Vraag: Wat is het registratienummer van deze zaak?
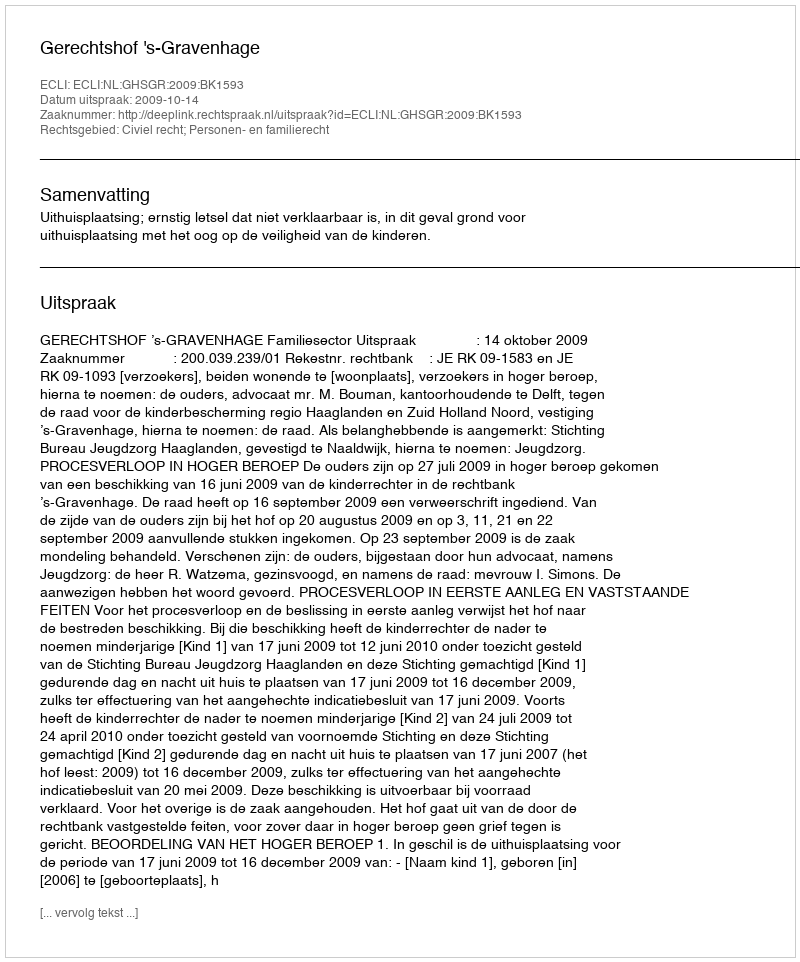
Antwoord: http://deeplink.rechtspraak.nl/uitspraak?id=ECLI:NL:GHSGR:2009:BK1593